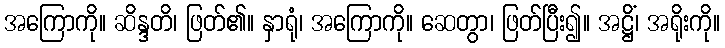
အကြောကို။ ဆိန္ဒတိ၊ ဖြတ်၏။ နှာရုံ၊ အကြောကို။ ဆေတွာ၊ ဖြတ်ပြီး၍။ အဋ္ဌိံ၊ အရိုးကို။